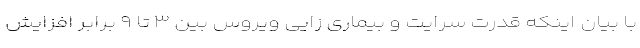
با بیان اینکه قدرت سرایت و بیماری زایی ویروس بین ۳ تا ۹ برابر افزایش